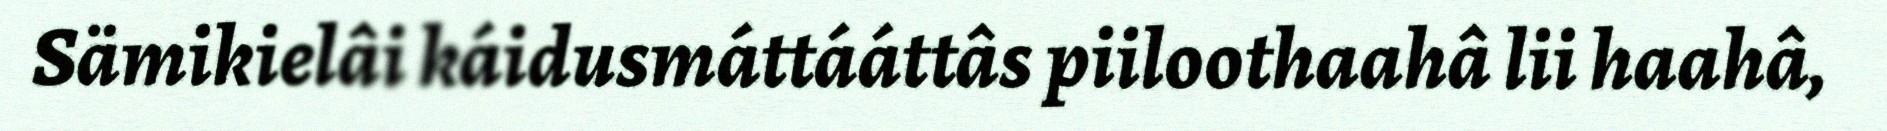
Sämikielâi káidusmáttááttâs piiloothaahâ lii haahâ,